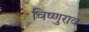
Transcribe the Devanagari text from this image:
विष्णुराव